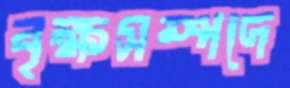
বৃক্ষসম্পদে